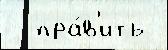
  пра́в'ить